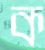
ক